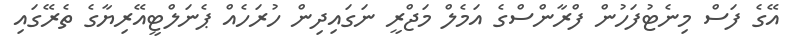
އޭގެ ފަސް މިނެޓުފަހުން ފްރާންސްގެ އަމެލް މަޖްރީ ނަގައިދިން ހުރަހެއް ޕެނަލްޓީއޭރިޔާގެ ތެރޭގައި